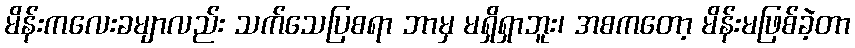
မိန်းကလေးခမျာလည်း သက်သေပြစရာ ဘာမှ မရှိရှာဘူး၊ အစကတော့ မိန်းမဖြစ်ခဲ့တာ